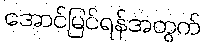
အောင်မြင်ရန်အတွက်